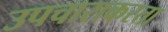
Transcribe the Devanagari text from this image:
उपचाराकरता